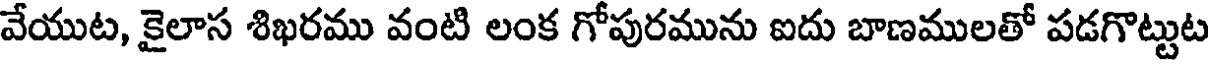
వేయుట, కైలాస శిఖరము వంటి లంక గోపురమును ఐదు బాణములతో పడగొట్టుట